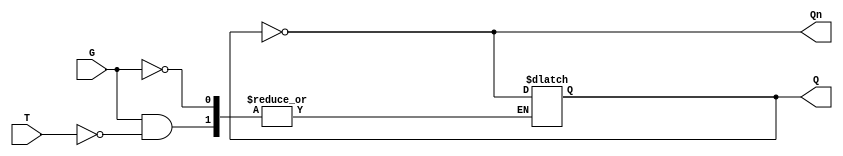
module gated_t_latch (
    input wire T,  // Toggle input
    input wire G,  // Gate signal
    output reg Q,  // Output Q
    output wire Qn // Complement of Q
);

    assign Qn = ~Q; // Q' output

    always @(*) begin
        if (G) begin
            if (T) begin
                Q <= ~Q; // Toggle Q
            end
            // If T is 0, Q remains unchanged
        end
        // If G is 0, Q remains unchanged
    end

endmodule